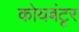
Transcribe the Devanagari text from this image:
कोयबंटृर